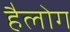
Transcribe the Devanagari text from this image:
हैलोग